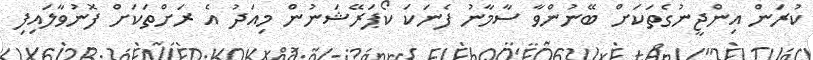
ކުރަން އިންޖީނުގެތަކަށް ބޭނުންވާ ސާމާނު ފެނަކަ ކޯޕަރޭޝަނުން މިއަދު އެ ރަށްތަކަށް ފޮނުވާލައިފި